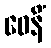
ဝေနိံ